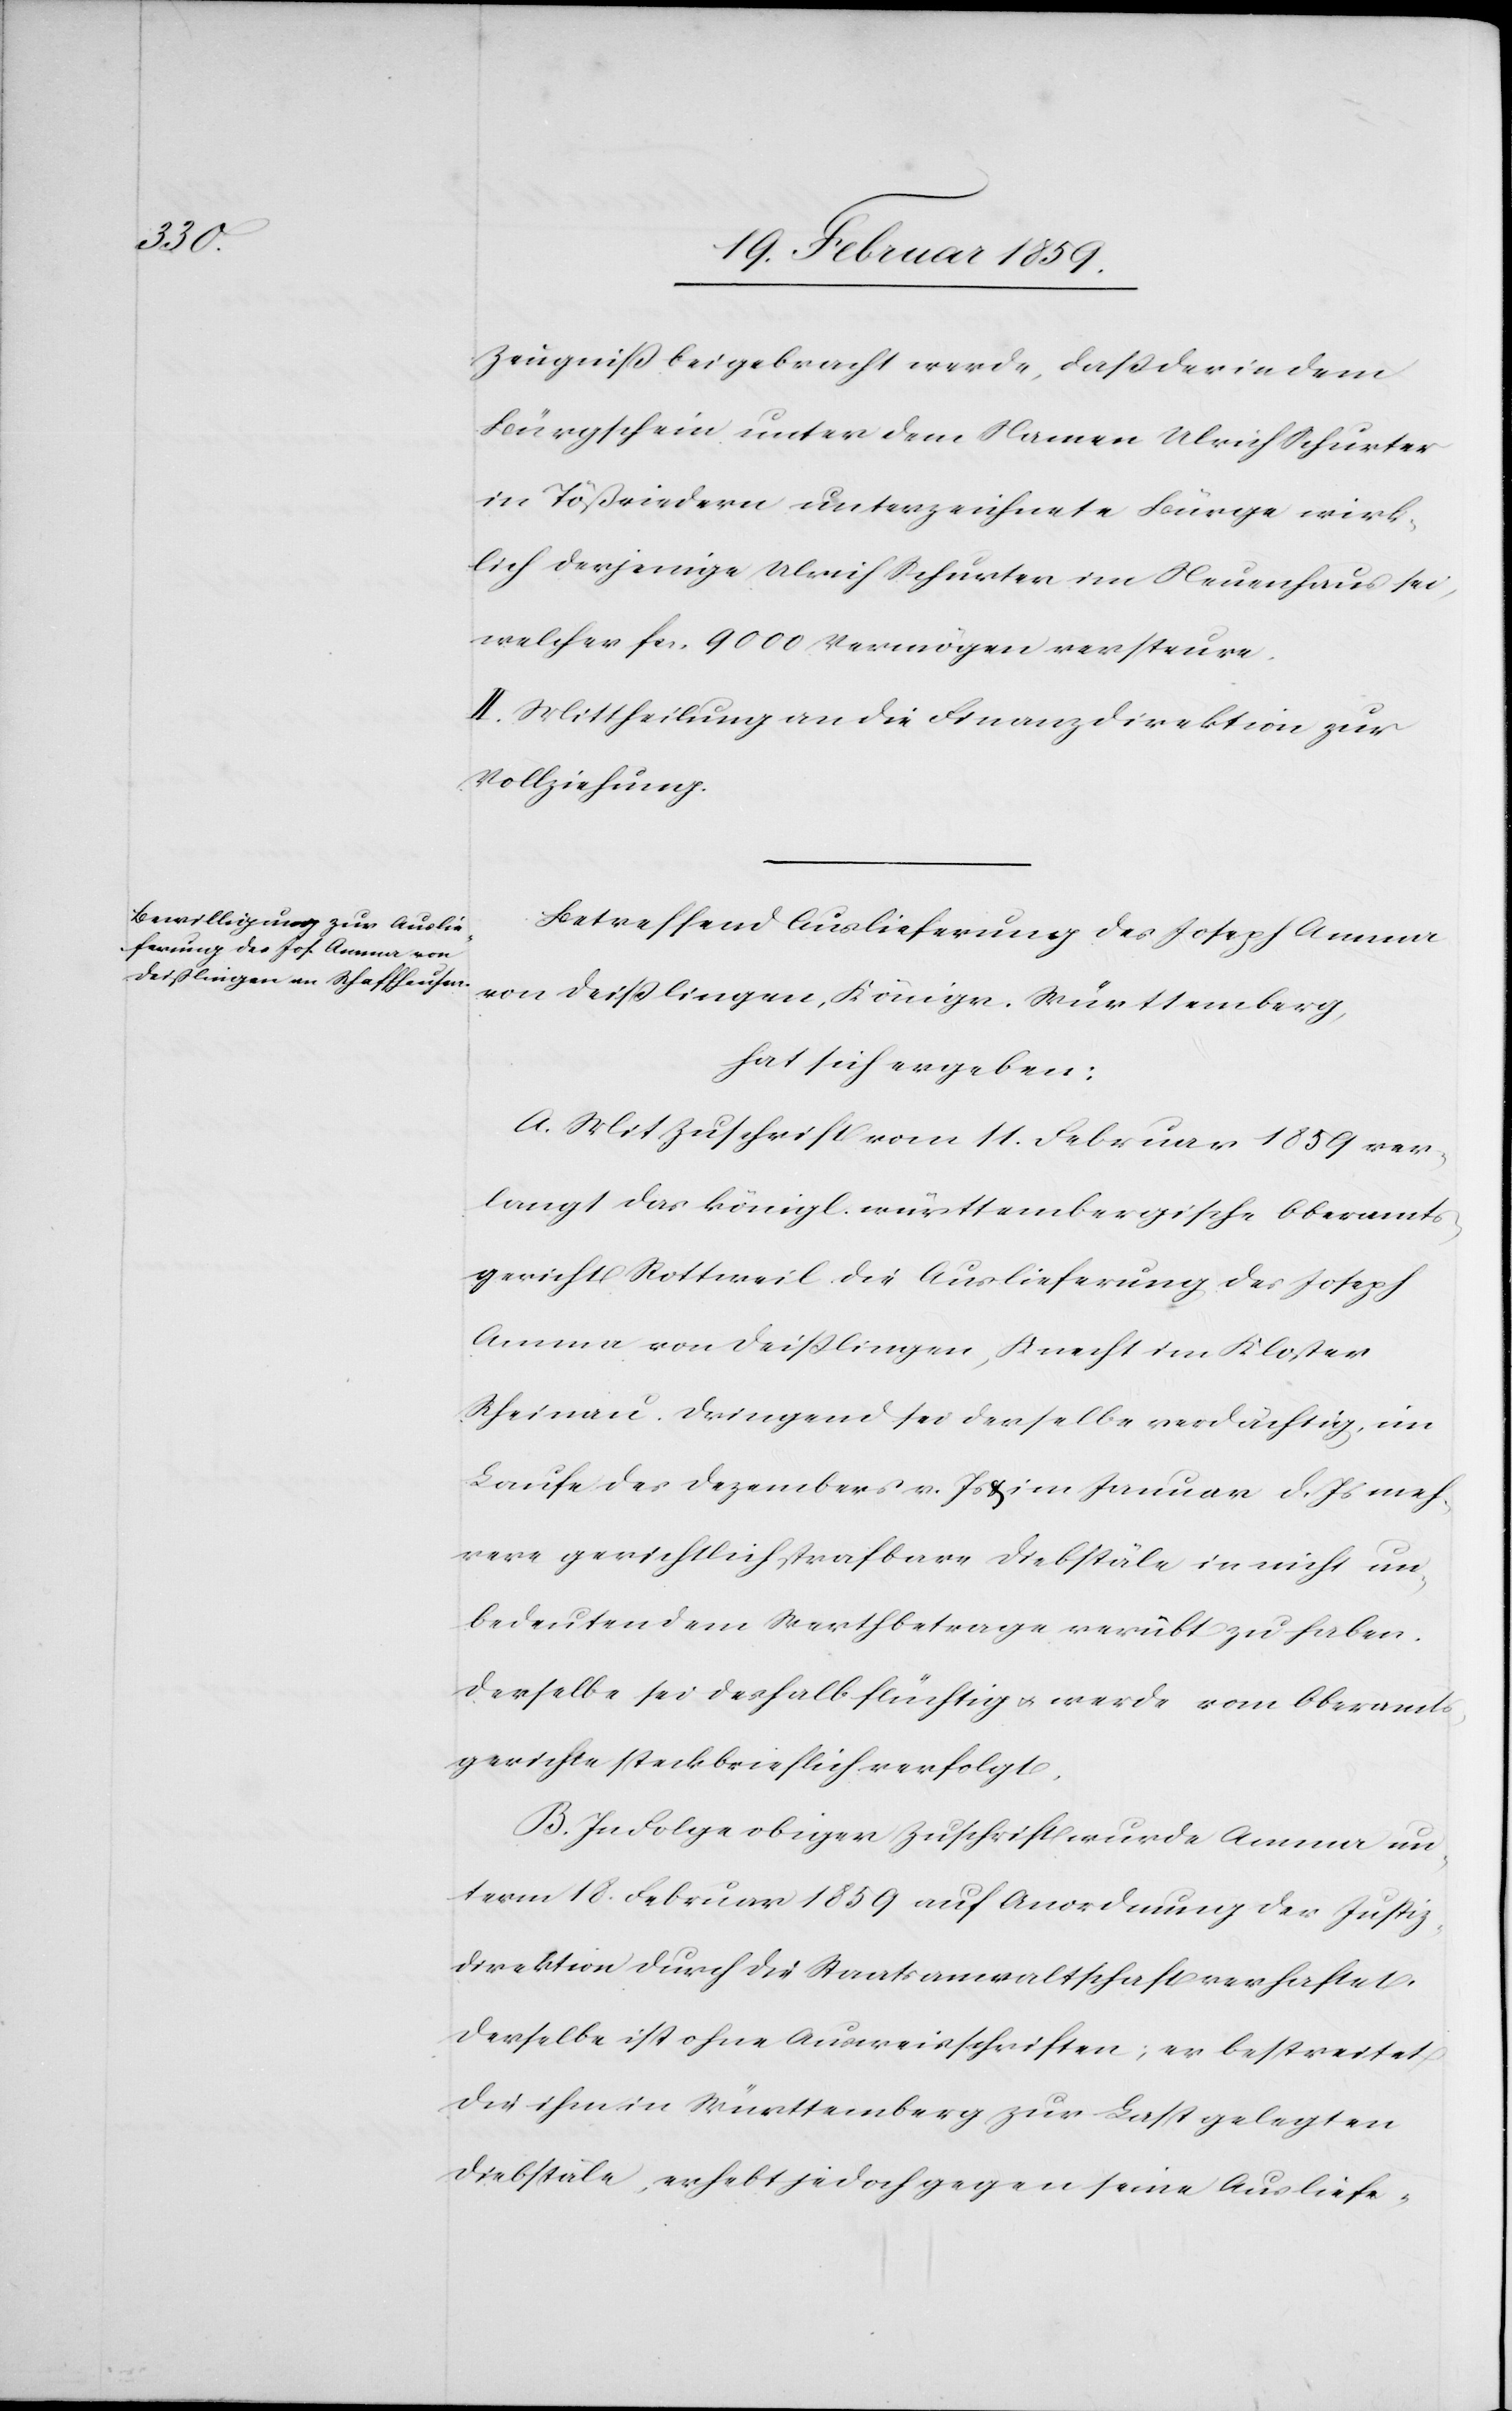
Zeugniß beigebracht werde, daß der in dem
Bürgschein unter dem Namen Ulrich Schurter
in Tößriedern unterzeichnete Bürge wirk¬
lich derjenige Ulrich Schurter im Neuenhaus sei,
welcher fcs. 9000 Vermögen versteure.
II Mittheilung an die Finanzdirektion zur
Vollziehung.
Betreffend Auslieferung des Joseph Amma
von Deißlingen, Königr. Württemberg,
hat sich ergeben:
A. Mit Zuschrift vom 11. Februar 1859 ver¬
langt das königl. württembergische Oberamts¬
gericht Rottweil die Auslieferung des Joseph
Amma von Deißlingen, Knecht im Kloster
Rheinau. Dringend sei derselbe verdächtig, im
Laufe des Dezembers v. Js u. im Januar d. Js. meh¬
rere gerichtlich strafbare Diebstäle in nicht un¬
bedeutendem Werthbetrage verübt zu haben.
Derselbe sei deshalb flüchtig u. werde vom Oberamts¬
gerichte steckbrieflich verfolgt.
B. In Folge obiger Zuschrift wurde Amma un¬
term 18. Februar 1859 auf Anordnung der Justiz¬
direktion durch die Staatsanwaltschaft verhaftet.
Derselbe ist ohne Ausweisschriften; er bestreitet
die ihm in Württemberg zur Last gelegten
Diebstäle, erhebt jedoch gegen seine Ausliefe-